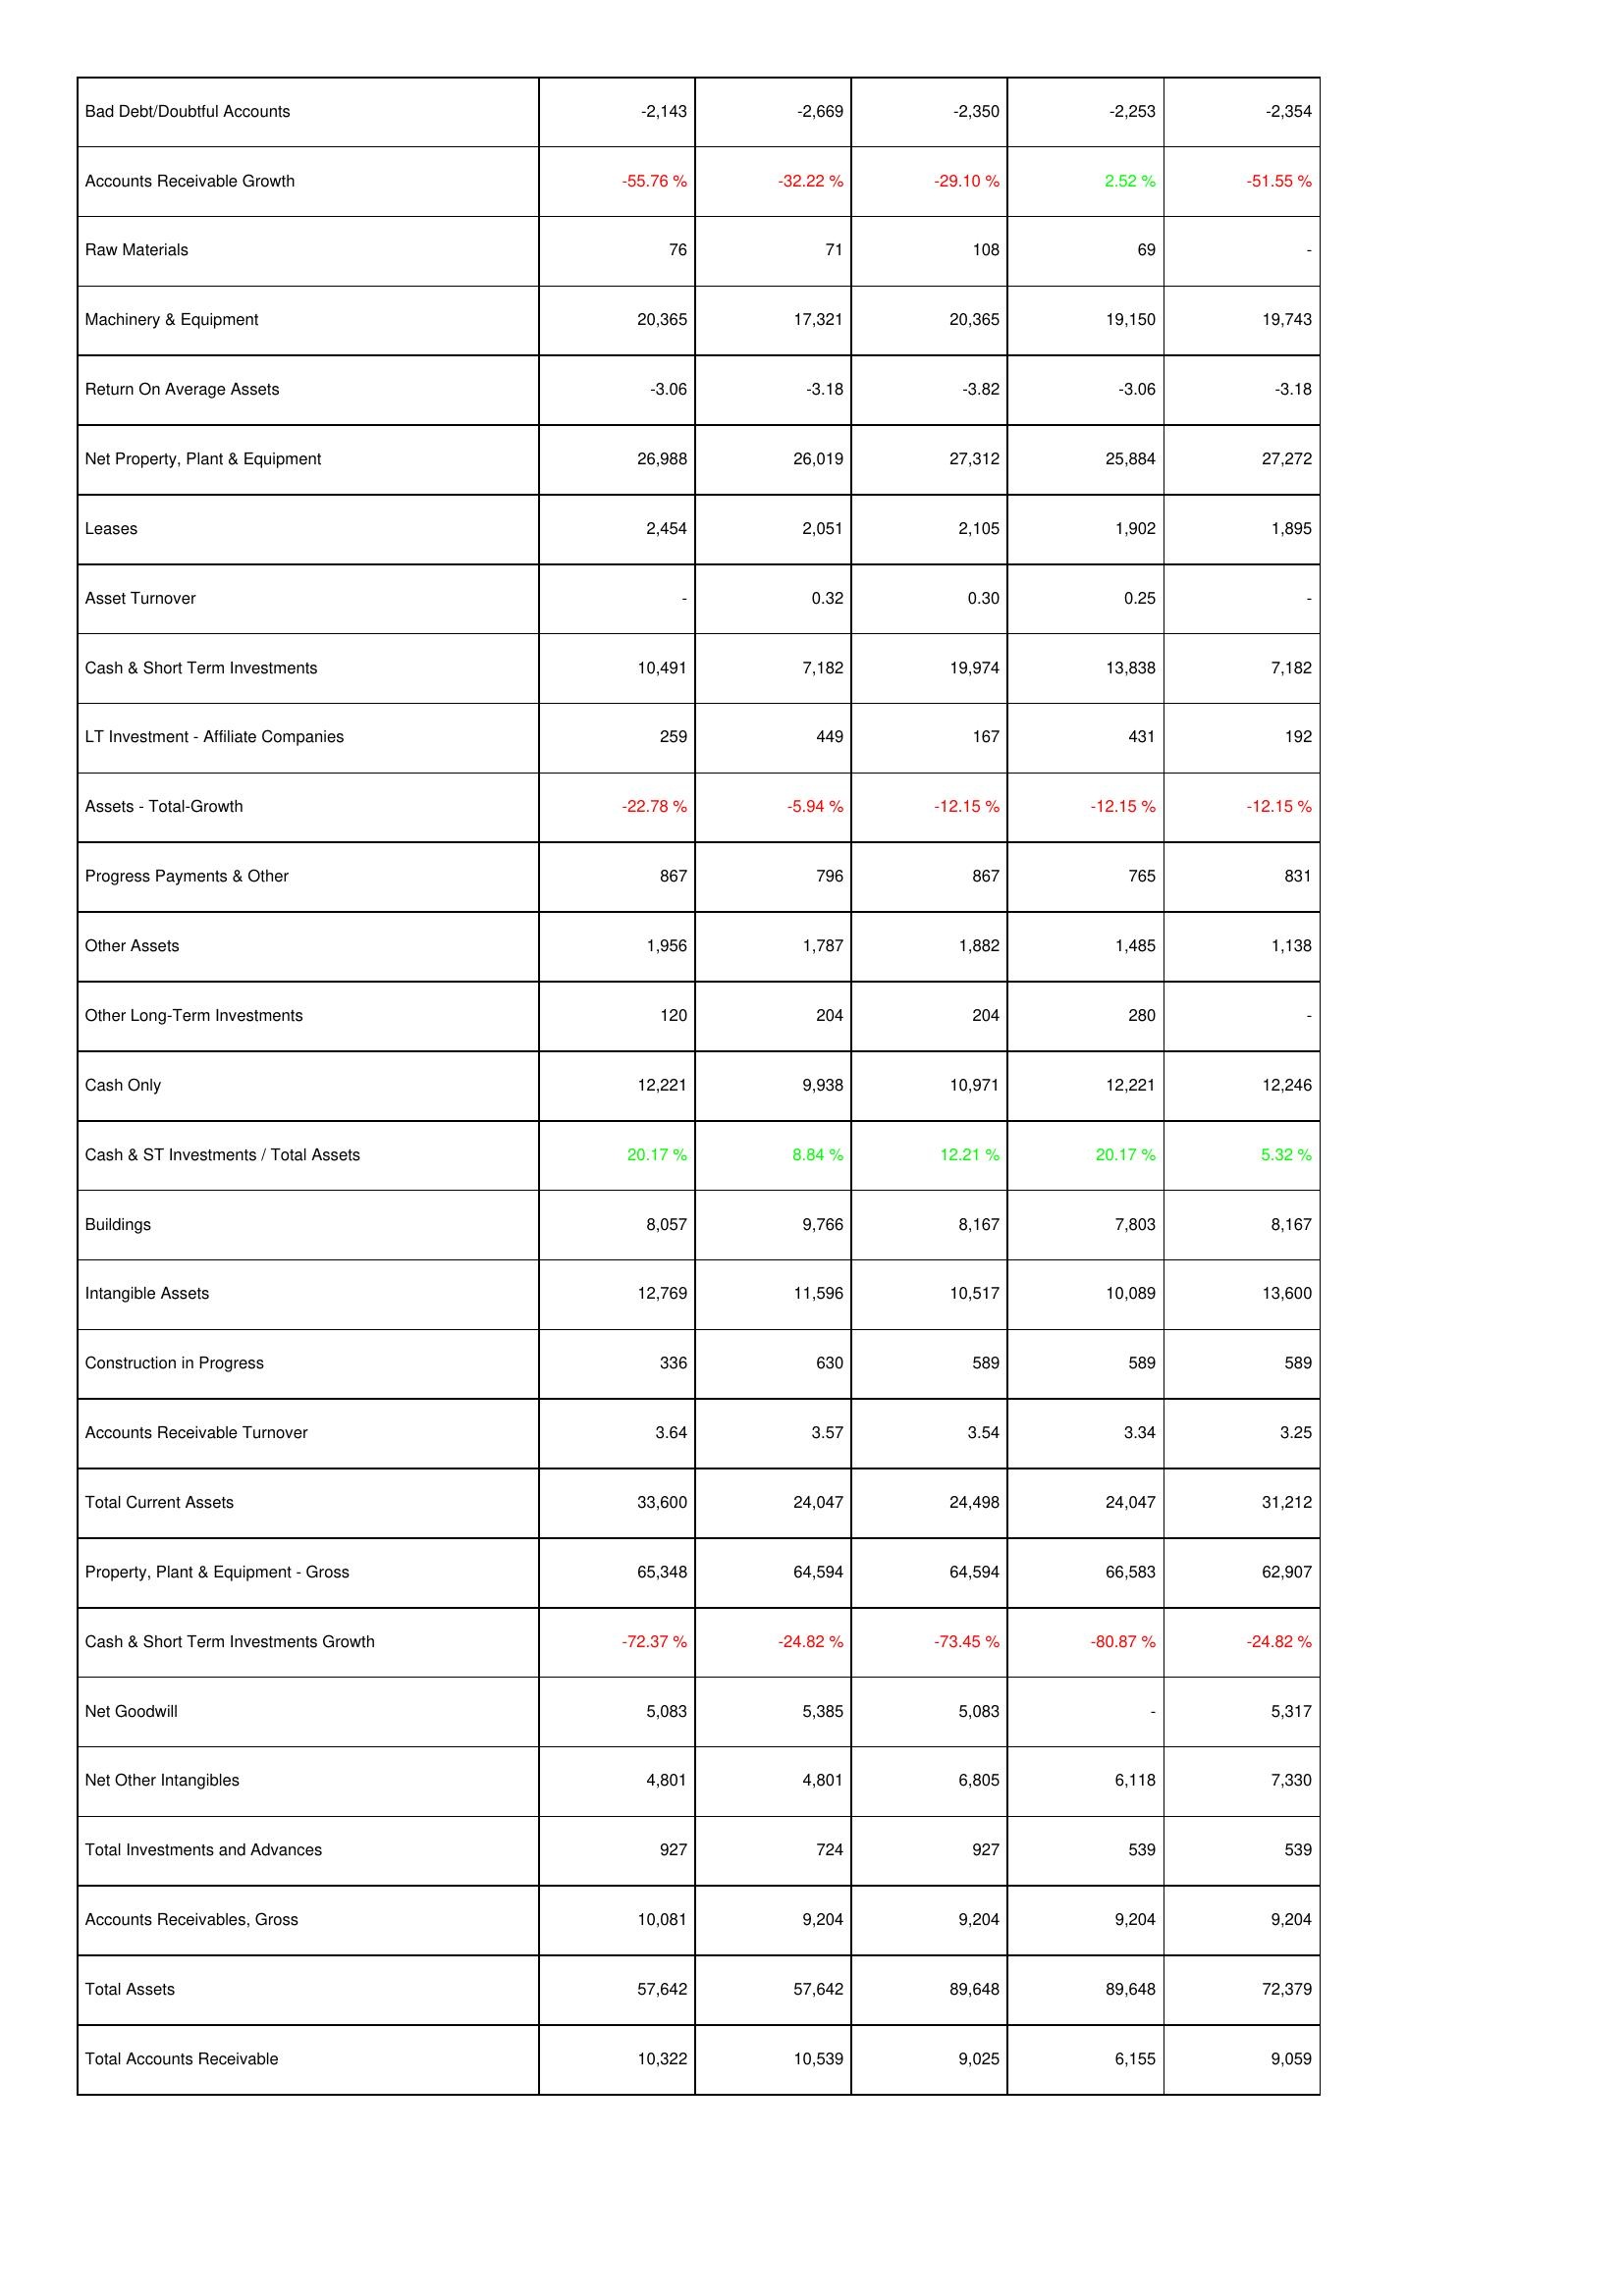
2014: Assets: Bad Debt/Doubtful Accounts: -2,143
Accounts Receivable Growth: -55.76 %
Raw Materials: 76
Machinery & Equipment: 20,365
Return On Average Assets: -3.06
Net Property, Plant & Equipment: 26,988
Leases: 2,454
Asset Turnover: -
Cash & Short Term Investments: 10,491
LT Investment - Affiliate Companies: 259
Assets - Total-Growth: -22.78 %
Progress Payments & Other: 867
Other Assets: 1,956
Other Long-Term Investments: 120
Cash Only: 12,221
Cash & ST Investments / Total Assets: 20.17 %
Buildings: 8,057
Intangible Assets: 12,769
Construction in Progress: 336
Accounts Receivable Turnover: 3.64
Total Current Assets: 33,600
Property, Plant & Equipment - Gross: 65,348
Cash & Short Term Investments Growth: -72.37 %
Net Goodwill: 5,083
Net Other Intangibles: 4,801
Total Investments and Advances: 927
Accounts Receivables, Gross: 10,081
Total Assets: 57,642
Total Accounts Receivable: 10,322
2013: Assets: Bad Debt/Doubtful Accounts: -2,669
Accounts Receivable Growth: -32.22 %
Raw Materials: 71
Machinery & Equipment: 17,321
Return On Average Assets: -3.18
Net Property, Plant & Equipment: 26,019
Leases: 2,051
Asset Turnover: 0.32
Cash & Short Term Investments: 7,182
LT Investment - Affiliate Companies: 449
Assets - Total-Growth: -5.94 %
Progress Payments & Other: 796
Other Assets: 1,787
Other Long-Term Investments: 204
Cash Only: 9,938
Cash & ST Investments / Total Assets: 8.84 %
Buildings: 9,766
Intangible Assets: 11,596
Construction in Progress: 630
Accounts Receivable Turnover: 3.57
Total Current Assets: 24,047
Property, Plant & Equipment - Gross: 64,594
Cash & Short Term Investments Growth: -24.82 %
Net Goodwill: 5,385
Net Other Intangibles: 4,801
Total Investments and Advances: 724
Accounts Receivables, Gross: 9,204
Total Assets: 57,642
Total Accounts Receivable: 10,539
2012: Assets: Bad Debt/Doubtful Accounts: -2,350
Accounts Receivable Growth: -29.10 %
Raw Materials: 108
Machinery & Equipment: 20,365
Return On Average Assets: -3.82
Net Property, Plant & Equipment: 27,312
Leases: 2,105
Asset Turnover: 0.30
Cash & Short Term Investments: 19,974
LT Investment - Affiliate Companies: 167
Assets - Total-Growth: -12.15 %
Progress Payments & Other: 867
Other Assets: 1,882
Other Long-Term Investments: 204
Cash Only: 10,971
Cash & ST Investments / Total Assets: 12.21 %
Buildings: 8,167
Intangible Assets: 10,517
Construction in Progress: 589
Accounts Receivable Turnover: 3.54
Total Current Assets: 24,498
Property, Plant & Equipment - Gross: 64,594
Cash & Short Term Investments Growth: -73.45 %
Net Goodwill: 5,083
Net Other Intangibles: 6,805
Total Investments and Advances: 927
Accounts Receivables, Gross: 9,204
Total Assets: 89,648
Total Accounts Receivable: 9,025
2011: Assets: Bad Debt/Doubtful Accounts: -2,253
Accounts Receivable Growth: 2.52 %
Raw Materials: 69
Machinery & Equipment: 19,150
Return On Average Assets: -3.06
Net Property, Plant & Equipment: 25,884
Leases: 1,902
Asset Turnover: 0.25
Cash & Short Term Investments: 13,838
LT Investment - Affiliate Companies: 431
Assets - Total-Growth: -12.15 %
Progress Payments & Other: 765
Other Assets: 1,485
Other Long-Term Investments: 280
Cash Only: 12,221
Cash & ST Investments / Total Assets: 20.17 %
Buildings: 7,803
Intangible Assets: 10,089
Construction in Progress: 589
Accounts Receivable Turnover: 3.34
Total Current Assets: 24,047
Property, Plant & Equipment - Gross: 66,583
Cash & Short Term Investments Growth: -80.87 %
Net Goodwill: -
Net Other Intangibles: 6,118
Total Investments and Advances: 539
Accounts Receivables, Gross: 9,204
Total Assets: 89,648
Total Accounts Receivable: 6,155
2010: Assets: Bad Debt/Doubtful Accounts: -2,354
Accounts Receivable Growth: -51.55 %
Raw Materials: -
Machinery & Equipment: 19,743
Return On Average Assets: -3.18
Net Property, Plant & Equipment: 27,272
Leases: 1,895
Asset Turnover: -
Cash & Short Term Investments: 7,182
LT Investment - Affiliate Companies: 192
Assets - Total-Growth: -12.15 %
Progress Payments & Other: 831
Other Assets: 1,138
Other Long-Term Investments: -
Cash Only: 12,246
Cash & ST Investments / Total Assets: 5.32 %
Buildings: 8,167
Intangible Assets: 13,600
Construction in Progress: 589
Accounts Receivable Turnover: 3.25
Total Current Assets: 31,212
Property, Plant & Equipment - Gross: 62,907
Cash & Short Term Investments Growth: -24.82 %
Net Goodwill: 5,317
Net Other Intangibles: 7,330
Total Investments and Advances: 539
Accounts Receivables, Gross: 9,204
Total Assets: 72,379
Total Accounts Receivable: 9,059